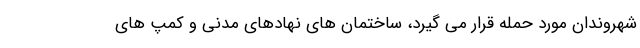
شهروندان مورد حمله قرار می گیرد، ساختمان های نهادهای مدنی و کمپ های